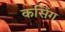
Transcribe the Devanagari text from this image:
कसिंग